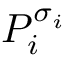
P _ { i } ^ { \sigma _ { i } }